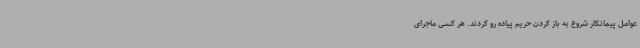
عوامل پیمانکار شروع به باز کردن حریم پیاده رو کردند. هر کسی ماجرای